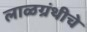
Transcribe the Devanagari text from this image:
लाळग्रंथीचे